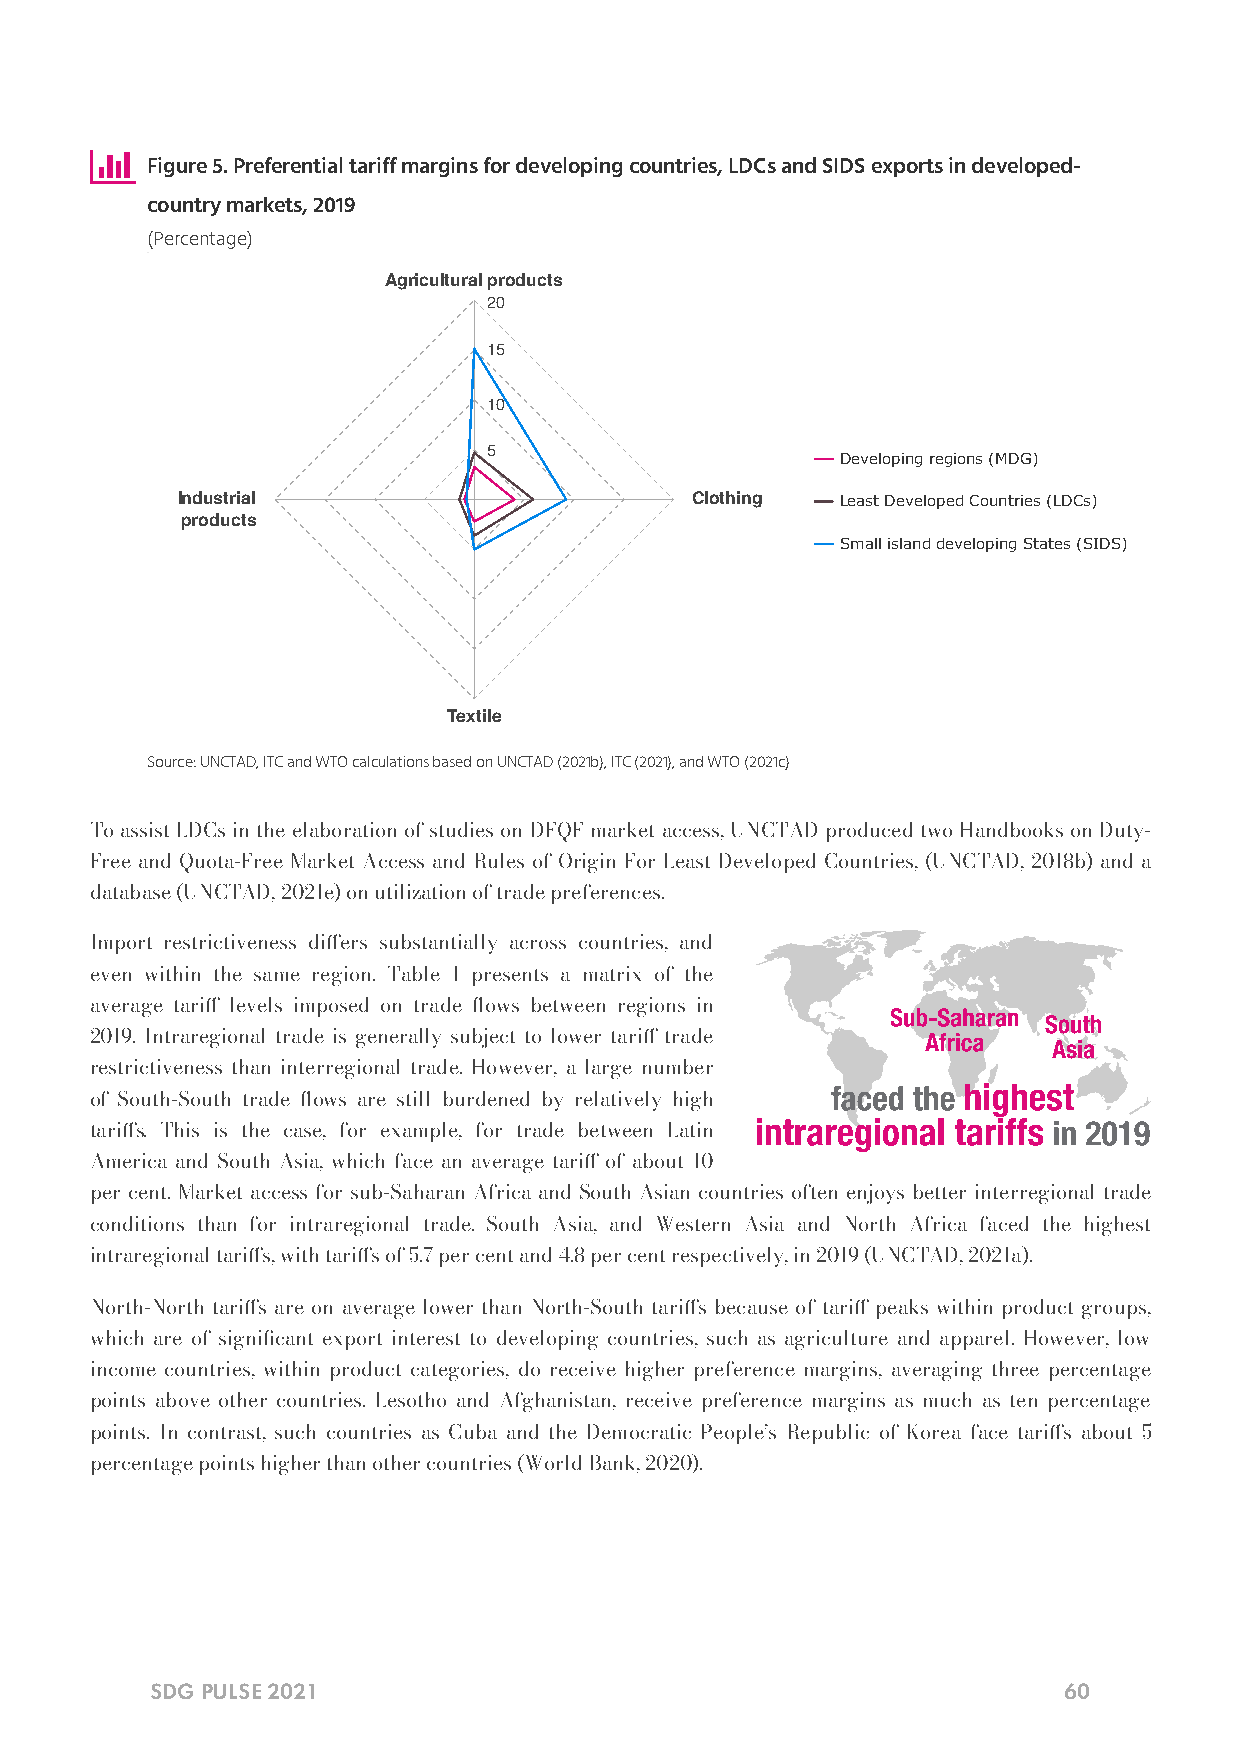

 Figure 5. Preferential tariff margins for developing countries, LDCs and SIDS exports in developed-
 country markets, 2019
 (Percentage)
 Agricultural products
 20
 15
 10
 5
 Developing regions (MDG)
 Industrial                        Clothing  Least Developed Countries (LDCs)
 products
 Small island developing States (SIDS)
 Textile
 Source: UNCTAD, ITC and WTO calculations based on UNCTAD (2021b), ITC (2021), and WTO (2021c)
 To assist LDCs in the elaboration of studies on DFQF market access, UNCTAD produced two Handbooks on Duty-
 Free and Quota-Free Market Access and Rules of Origin For Least Developed Countries, (UNCTAD, 2018b) and a
 database (UNCTAD, 2021e) on utilization of trade preferences.
 Import restrictiveness diers substantially across countries, and
 even within the same region. Table 1 presents a matrix of the
 average tari levels imposed on trade ows between regions in
 2019. Intraregional trade is generally subject to lower tari trade
 restrictiveness than interregional trade. However, a large number
 of South-South trade ows are still burdened by relatively high
 taris. This is the case, for example, for trade between Latin
 America and South Asia, which face an average tari of about 10
 per cent. Market access for sub-Saharan Africa and South Asian countries often enjoys better interregional trade
 conditions than for intraregional trade. South Asia, and Western Asia and North Africa faced the highest
 intraregional taris, with taris of 5.7 per cent and 4.8 per cent respectively, in 2019 (UNCTAD, 2021a).
 North-North taris are on average lower than North-South taris because of tari peaks within product groups,
 which are of signicant export interest to developing countries, such as agriculture and apparel. However, low
 income countries, within product categories, do receive higher preference margins, averaging three percentage
 points above other countries. Lesotho and Afghanistan, receive preference margins as much as ten percentage
 points. In contrast, such countries as Cuba and the Democratic People’s Republic of Korea face taris about 5
 percentage points higher than other countries (World Bank, 2020).
 SDG PULSE 2021                                              60